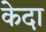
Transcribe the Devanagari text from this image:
केदा